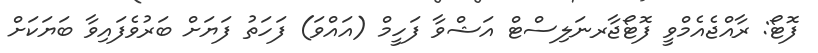
ފޮޓޯ: ރާއްޖެއެމްވީ ފޮޓޯޖާރނަލިސްޓް އަޝްވާ ފަހީމް (އައްވަ) ފަހަތު ފަޔަށް ބަރުވެފައިވާ ބަޔަކަށް